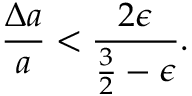
\frac { \Delta a } { a } < \frac { 2 \epsilon } { \frac { 3 } { 2 } - \epsilon } .